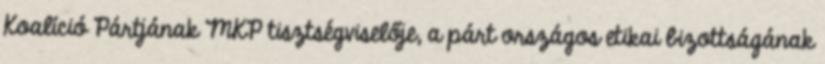
Koalíció Pártjának MKP tisztségviselője, a párt országos etikai bizottságának